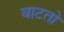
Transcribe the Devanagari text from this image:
बाटतो